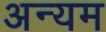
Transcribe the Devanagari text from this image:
अन्यम